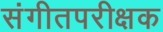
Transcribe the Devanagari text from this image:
संगीतपरीक्षक